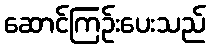
ဆောင်ကြဉ်းပေးသည်